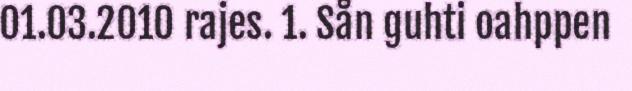
01.03.2010 rajes. 1. Sån guhti oahppen